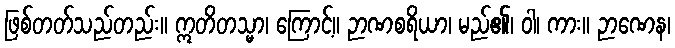
ဖြစ်တတ်သည်တည်း။ ဣတိတသ္မာ၊ ကြောင့်။ ဉာဏစရိယာ၊ မည်၏၊ ဝါ၊ ကား။ ဉာဏေန၊